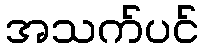
အသက်ပင်